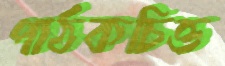
পাঠকচিত্ত